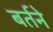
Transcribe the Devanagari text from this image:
बर्तने